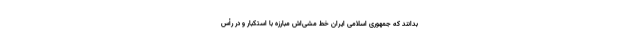
بدانند که جمهوری اسلامی ایران خط مشی‌اش مبارزه با استکبار و در رأس